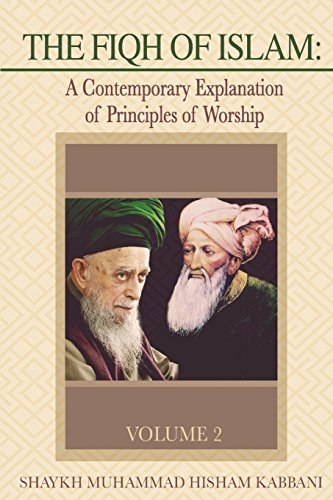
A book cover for The Fiqh of Islam: A Contemporary Explanation of Principles of Worship, Volume 2; Shaykh Muhammad Hisham Kabbani; Religion & Spirituality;